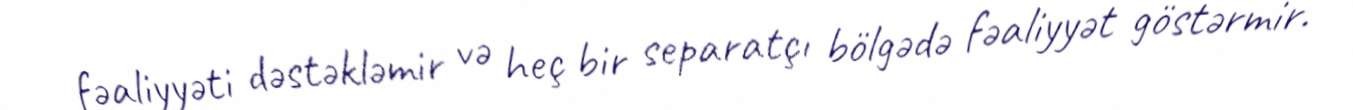
fəaliyyəti dəstəkləmir və heç bir separatçı bölgədə fəaliyyət göstərmir.